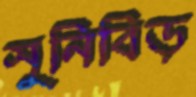
সুনিবিড়